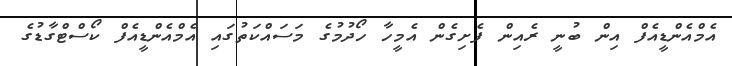
އެމްއެންޑީއެފް އިން ބުނީ ރެއިން ފެށިގެން އެމީހާ ހޯދުމުގެ މަސައްކަތުގައި އެމްއެންޑީއެފް ކޯސްޓްގާޑުގެ